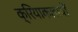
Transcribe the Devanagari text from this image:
क्रियाकलापोँ